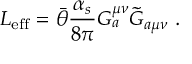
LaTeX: { \cal { L } } _ { \mathrm { e f f } } = \bar { \theta } \frac { \alpha _ { s } } { 8 \pi } G _ { a } ^ { \mu \nu } \tilde { G } _ { a \mu \nu } ~ .